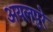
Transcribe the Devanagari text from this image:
अयलपुरे